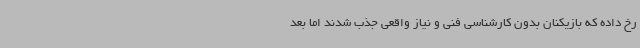
رخ داده که بازیکنان بدون کارشناسی فنی و نیاز واقعی جذب شدند اما بعد